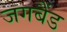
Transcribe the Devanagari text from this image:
जगबैंड